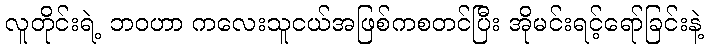
လူတိုင်းရဲ့ ဘဝဟာ ကလေးသူငယ်အဖြစ်ကစတင်ပြီး အိုမင်းရင့်ရော်ခြင်းနဲ့